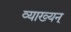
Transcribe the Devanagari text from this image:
व्याख्यन्